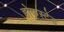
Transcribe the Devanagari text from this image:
होफस्टेड